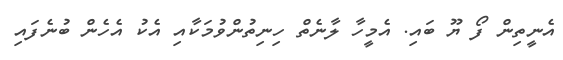
އެނީތިން ފޯ ޔޫ ބައި. އެމީހާ ލާނެތް ހިނިތުންވުމަކާއި އެކު އެހެން ބުނެފައި